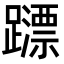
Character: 𨆺